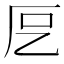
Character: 𭆁